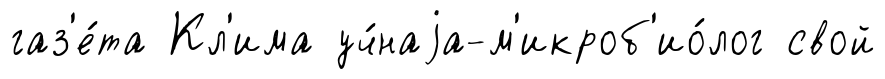
газ'е́та Кл'има уч́наjа-м'икроб'ио́лог свой